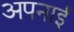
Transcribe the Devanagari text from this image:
अपनाईं